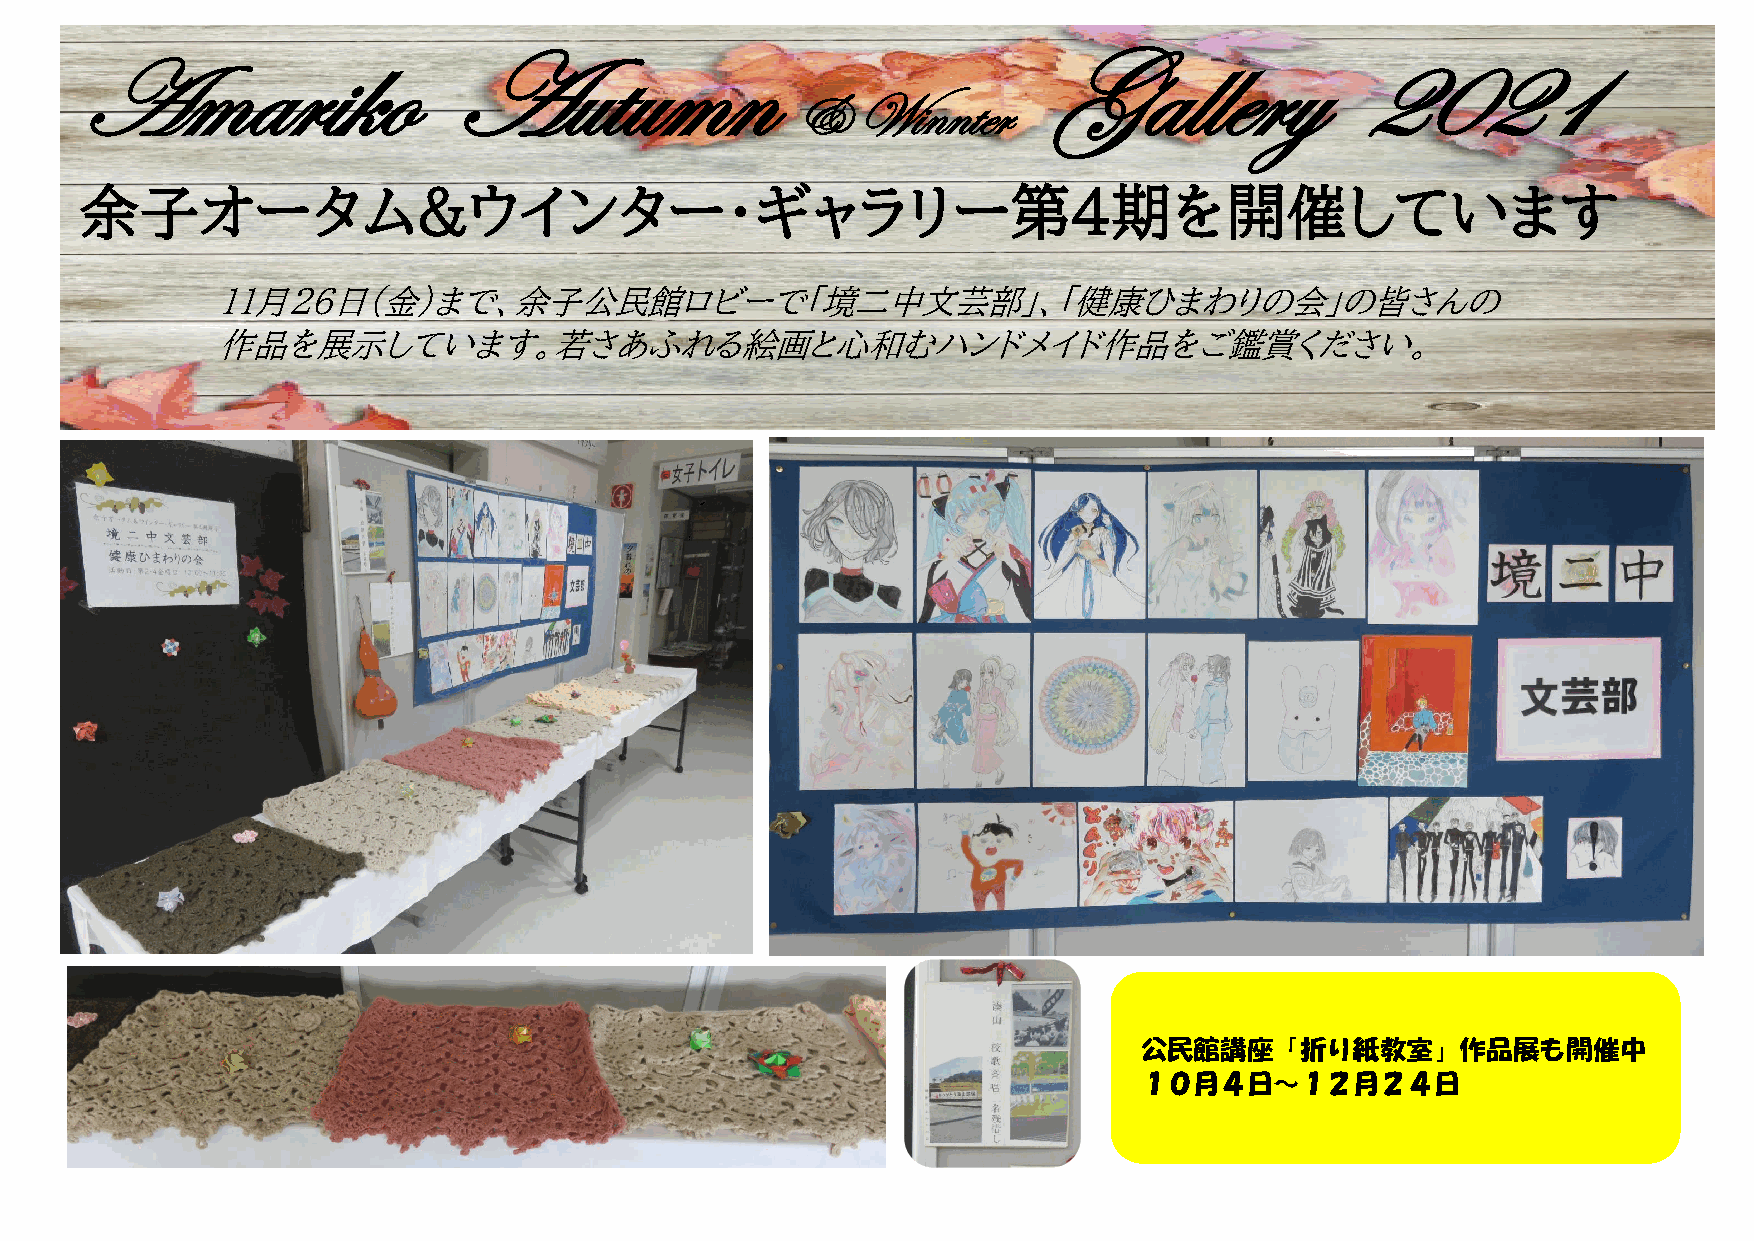
marikoAutumn                                              Gallery             2021
 A
 &   Winnter
 余子オータム&ウインター・ギャラリー第4期を開催しています
 １1月26日（金）まで、余子公民館ロビーで「境二中文芸部」、「健康ひまわりの会」の皆さんの
 作品を展示しています。若さあふれる絵画と心和むハンドメイド作品をご鑑賞ください。
 公民館講座「折り紙教室」作品展も開催中
 １０月４日～１２月２４日